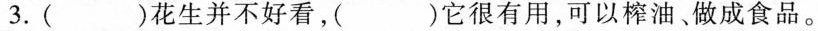
3.( )花生并不好看，( )它很有用，可以榨油、做成食品。